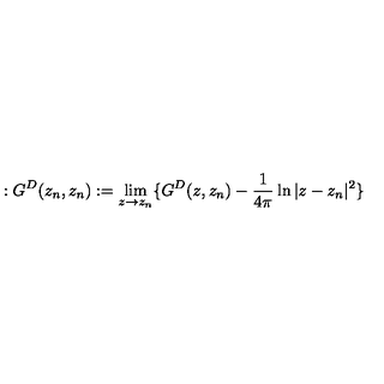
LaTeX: : G ^ { D } ( z _ { n } , z _ { n } ) : = \lim _ { z \to z _ { n } } \{ G ^ { D } ( z , z _ { n } ) - \frac { 1 } { 4 \pi } \ln | z - z _ { n } | ^ { 2 } \}